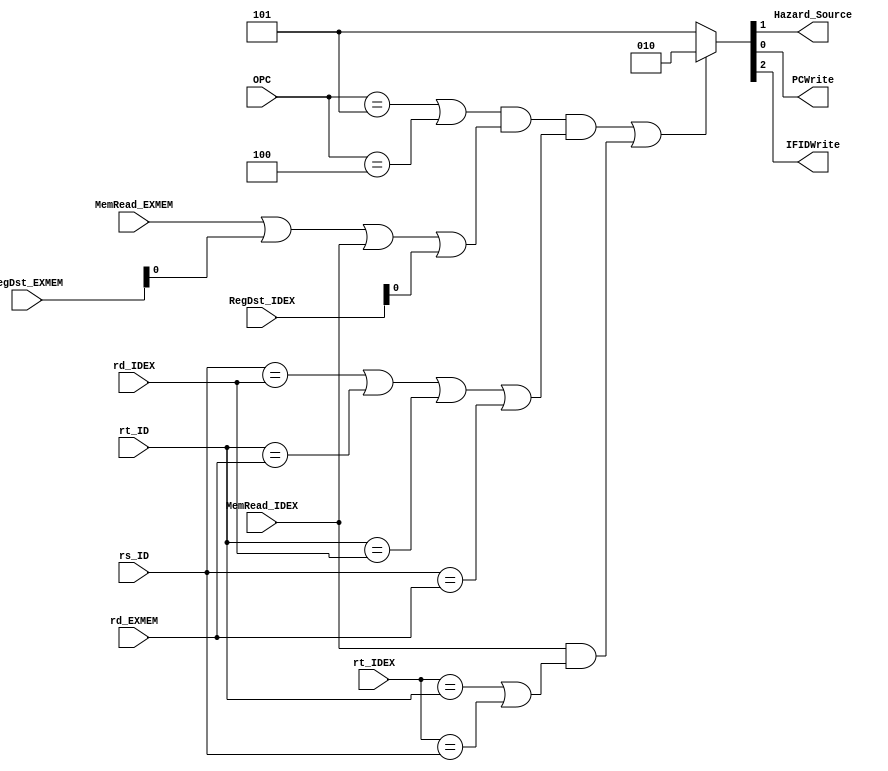
module Hazard(rd_EXMEM,OPC,rt_IDEX, rs_ID, rt_ID, rd_IDEX, RegDst_IDEX, RegDst_EXMEM,MemRead_IDEX, MemRead_EXMEM,Hazard_Source,PCWrite, IFIDWrite);
    input [5:0] OPC;
    input [4:0] rt_IDEX, rs_ID, rt_ID, rd_IDEX, rd_EXMEM;
    input [1:0] RegDst_IDEX, RegDst_EXMEM;
    input MemRead_IDEX, MemRead_EXMEM;
    output reg PCWrite, IFIDWrite, Hazard_Source;
    initial begin
        { IFIDWrite, Hazard_Source, PCWrite }= 3'b101;
    end
    always@(*) begin
        if (( (OPC == 6'b000101 || OPC == 6'b000100 ) && (MemRead_EXMEM == 1'b1 || RegDst_EXMEM[0] == 1'b1 || MemRead_IDEX == 1'b1  || RegDst_IDEX[0] == 1'b1) &&
           (rs_ID == rd_IDEX || rt_ID == rd_EXMEM || rt_ID == rd_IDEX || rs_ID == rd_EXMEM) ) || 
           (MemRead_IDEX && (rt_IDEX == rt_ID || rt_IDEX == rs_ID  )) ) 

            { IFIDWrite, Hazard_Source, PCWrite }= 3'b010;
        else 
            { IFIDWrite, Hazard_Source, PCWrite }= 3'b101;
    end
endmodule